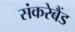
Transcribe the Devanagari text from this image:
संकरेबैंड